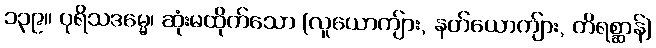
၁၃၉။ ပုရိသဒမ္မေ၊ ဆုံးမထိုက်သော (လူယောကျ်ား, နတ်ယောကျ်ား, တိရစ္ဆာန်)